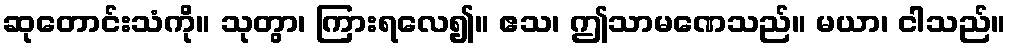
ဆုတောင်းသံကို။ သုတွာ၊ ကြားရလေ၍။ ဧသ၊ ဤသာမဏေသည်။ မယာ၊ ငါသည်။